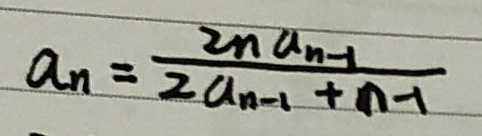
a _ { n } = \frac { 2 n a _ { n - 1 } } { 2 a _ { n - 1 } + n - 1 }